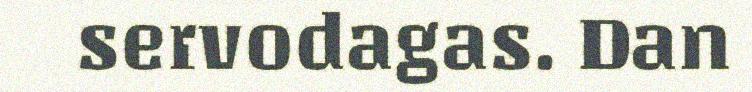
servodagas. Dan